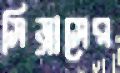
সিড্রাসের